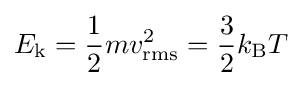
E_{\text{k}}={\frac {1}{2}}mv_{\text{rms}}^{2}={\frac {3}{2}}k_{\text{B}}T